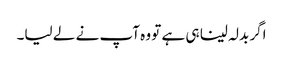
اگر بدلہ لینا ہی ہے تو وہ آپ نے لے لیا۔